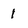
Character: 1